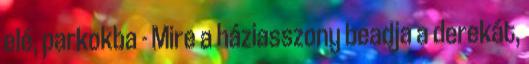
elé, parkokba - Mire a háziasszony beadja a derekát,